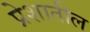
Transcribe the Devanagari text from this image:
प्रेशातील